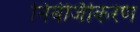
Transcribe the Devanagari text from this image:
निर्बजिीकरण